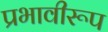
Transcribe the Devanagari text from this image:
प्रभावीरूप